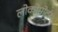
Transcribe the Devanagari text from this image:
लोकोमोटर